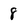
Character: 8